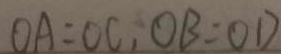
O A = O C , O B = O D